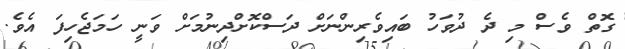
ގޮތް ވެސް މި ދެ ދުވަހު ބައިިވެރިންނަށް ދަސްކޮށްދިނުމަށް ވަނީ ހަމަޖެހިފަ އެވެ.